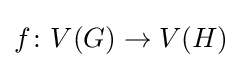
f\colon V(G)\to V(H)